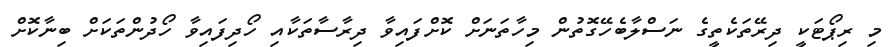
މި ރިޕޯޓަކީ ދިރޭތަކެތީގެ ނަސްލާބެހޭގޮތުން މިހާތަނަށް ކޮށްފައިވާ ދިރާސާތަކާއި ހޯދިފައިވާ ހޯދުންތަކަށް ބިނާކޮށް